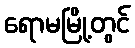
ရောမမြို့တွင်